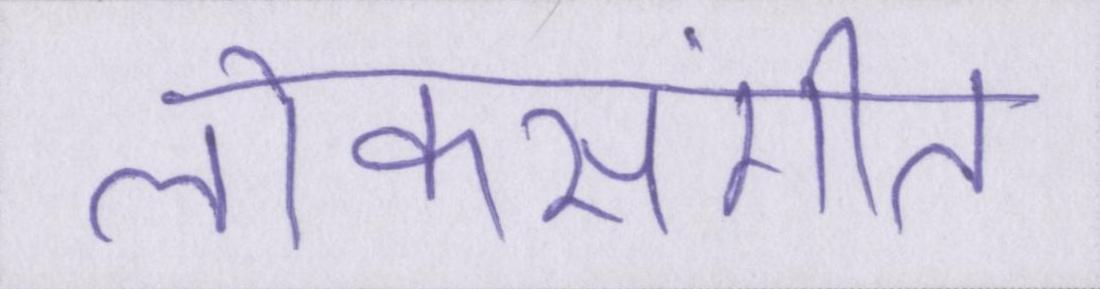
लोकसंगीत